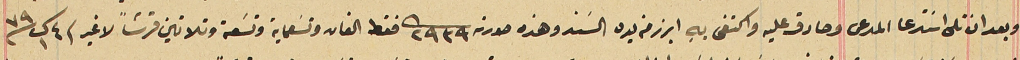
وبعد ان تلى اسَتدعا المدعى وصادق عليه واكتفى بهِ ابرز من يده السَند وهذه صورته ٢٩٣٩ فقط الفان وتسَعماية وتسَعة وتلاتين قرشاً لا غير فى ٤ ك١ سنة ٧٩